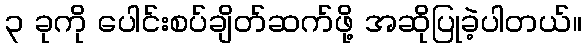
၃ ခုကို ပေါင်းစပ်ချိတ်ဆက်ဖို့ အဆိုပြုခဲ့ပါတယ်။